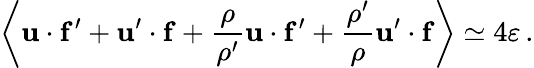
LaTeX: \left\langle{\mathbf u}\cdot{\mathbf f^{\prime}}+{\mathbf u}^{\prime}\cdot{\mathbf f}+{\frac{\rho}{\rho^{\prime}}}{\mathbf u}\cdot{\mathbf f^{\prime}}+{\frac{\rho^{\prime}}{\rho}}{\mathbf u}^{\prime}\cdot{\mathbf f}\right\rangle\simeq 4\varepsilon\, .